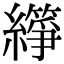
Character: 𬘈